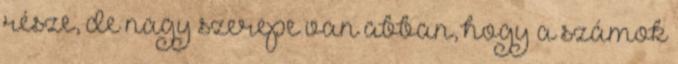
része, de nagy szerepe van abban, hogy a számok